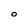
Character: O